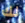
لك